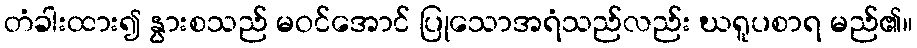
တံခါးထား၍ နွားစသည် မဝင်အောင် ပြုသောအရံသည်လည်း ဃရူပစာရ မည်၏။